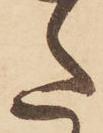
た